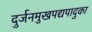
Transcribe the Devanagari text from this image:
दुर्जनमुखपद्यपादुका